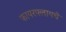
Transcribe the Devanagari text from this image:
फायरफ्लायचे